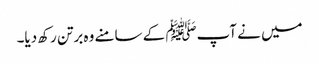
میں نے آپﷺ کے سامنے وہ برتن رکھ دیا۔